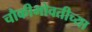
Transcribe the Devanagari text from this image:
चौकीभोवतीच्या